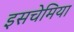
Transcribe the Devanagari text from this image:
इसचेमिया